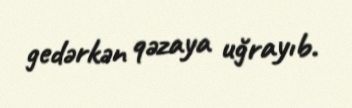
gedərkən qəzaya uğrayıb.